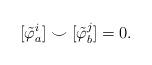
LaTeX: \begin{align*}[\tilde{\varphi}_a^i]\smile[\tilde{\varphi}_b^j] = 0.\end{align*}